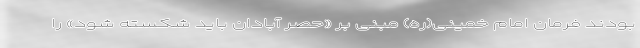
بودند فرمان امام خمینی(ره) مبنی بر «حصر آبادان باید شکسته شود» را